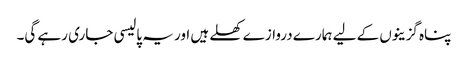
پناہ گزینوں کے لیے ہمارے دروازے کھلے ہیں اور یہ پالیسی جاری رہے گی۔